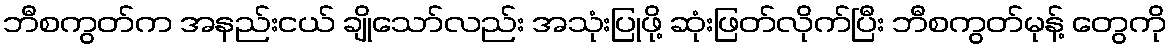
ဘီစကွတ်က အနည်းငယ် ချိုသော်လည်း အသုံးပြုဖို့ ဆုံးဖြတ်လိုက်ပြီး ဘီစကွတ်မုန့် တွေကို